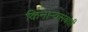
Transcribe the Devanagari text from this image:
किनार्‍यसंबंधी